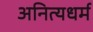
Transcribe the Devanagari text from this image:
अनित्यधर्म